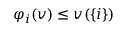
\varphi _ { i } ( v ) \leq v ( \{ i \} )